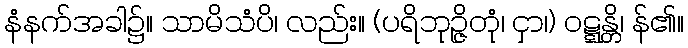
နံနက်အခါ၌။ သာမိသံပိ၊ လည်း။ (ပရိဘုဉ္ဇိတုံ၊ ငှာ၊) ဝဋ္ဋန္တိ၊ န်၏။